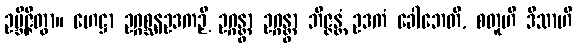
ဥဗ္ဘိဇ္ဇိတွာ။ ဟေဋ္ဌာ ဥဂ္ဂစ္ဆနဥဒကဉှိ ဥဂ္ဂန္တွာ ဥဂ္ဂန္တွာ ဘိဇ္ဇန္တံ ဥဒကံ ခေါဘေတိ, စတူဟိ ဒိသာဟိ